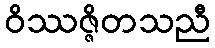
ဝိဿဇ္ဇိတသညီ